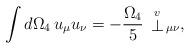
LaTeX: \begin{align*}\int d\Omega_{4}\, u_\mu u_\nu=-\frac{\Omega_{4}}{5}\, \stackrel{\scriptstyle v}{\bot}_{\hskip0.5mm\mu\nu},\end{align*}